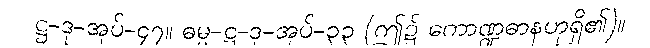
ဋ္ဌ-ဒု-အုပ်-၄၇။ ဓမ္မ-ဋ္ဌ-ဒု-အုပ်-၃၃ (ဤ၌ ကောဏ္ဍဓာနဟုရှိ၏)။